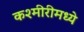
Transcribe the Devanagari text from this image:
कश्मीरीमध्ये